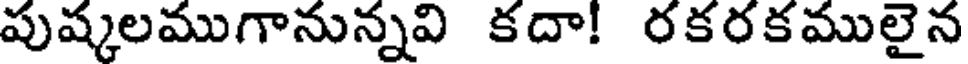
పుష్కలముగానున్నవి కదా! రకరకములైన